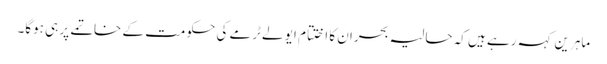
ماہرین کہہ رہے ہیں کہ حالیہ بحران کا اختتام ایو لےٹرمے کی حکومت کے خاتمے پر ہی ہوگا۔